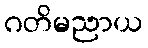
ဂတိမညာယ